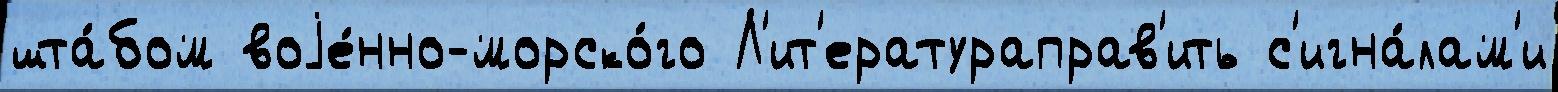
шта́бом воjе́нно-морско́го Л'ит'ератураправ'ить с'игна́лам'и